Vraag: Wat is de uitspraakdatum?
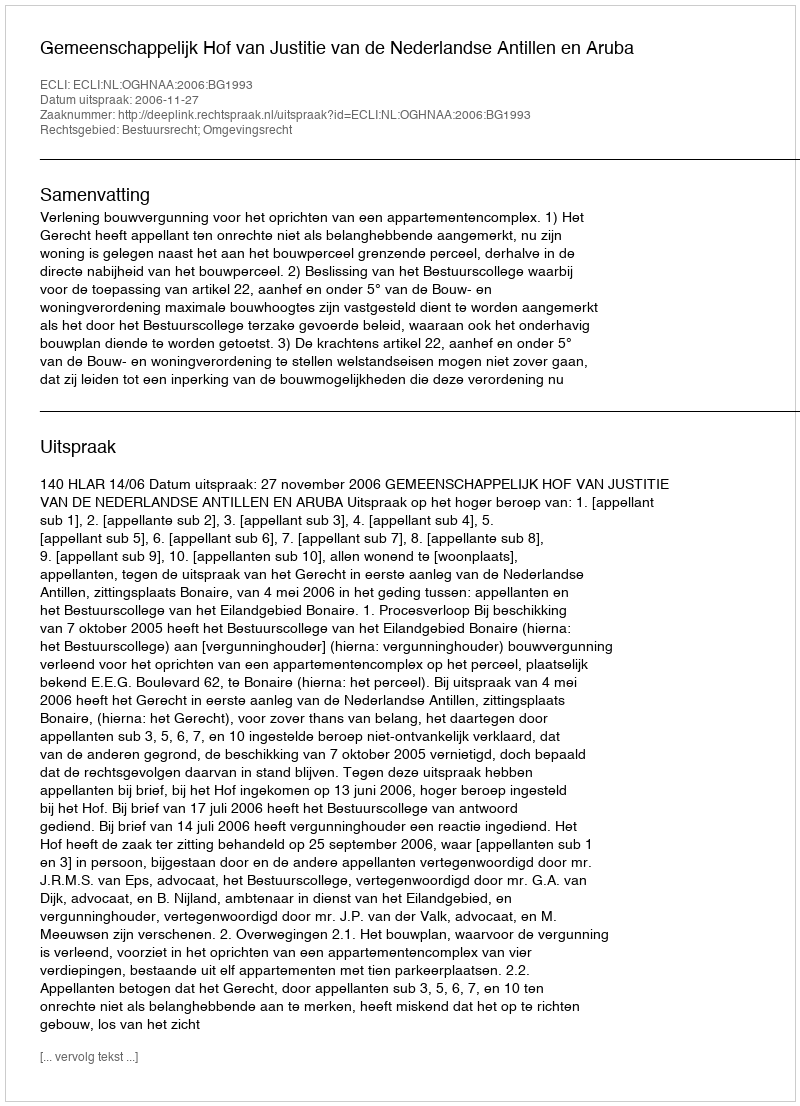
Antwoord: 2006-11-27